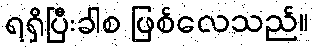
ရရှိပြီးခါစ ဖြစ်လေသည်။